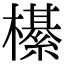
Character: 櫀